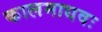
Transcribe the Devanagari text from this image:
कालमाधवः